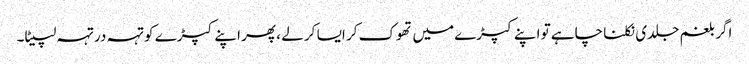
اگر بلغم جلدی نکلنا چاہے تو اپنے کپڑے میں تھوک کر ایسا کر لے ، پھر اپنے کپڑے کو تہہ در تہہ لپیٹا۔